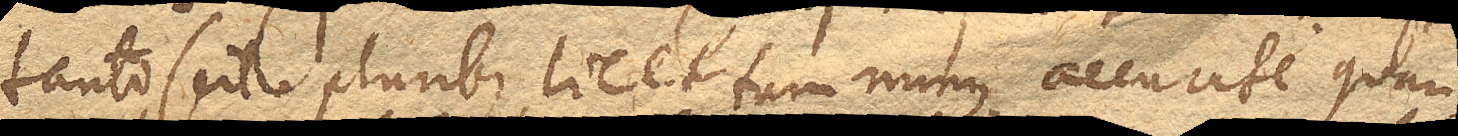
tanto scil. pluribus, licet tam minus accurate, quan